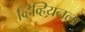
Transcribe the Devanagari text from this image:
व्हिव्हियनला